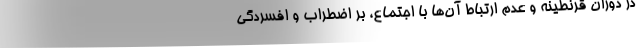
در دوران قرنطینه و عدم ارتباط آن‌ها با اجتماع، بر اضطراب و افسردگی